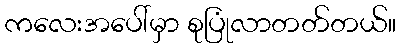
ကလေးအပေါ်မှာ စုပြုံလာတတ်တယ်။